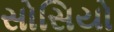
સોસિયો